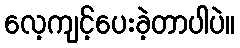
လေ့ကျင့်ပေးခဲ့တာပါပဲ။